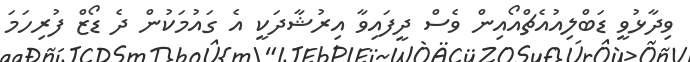
ވިދާޅުވީ ޑަބްލިއުއެޗްއޯއިން ވެސް ދީފައިވާ އިރުޝާދަކީ އެ ގައުމަކުން ދެ ޑޯޒް ފުރިހަމަ